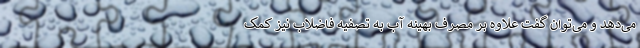
می‌دهد و می‌توان گفت علاوه بر مصرف بهینه آب به تصفیه فاضلاب نیز کمک